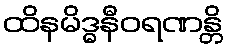
ထိနမိဒ္ဓနီဝရဏန္တိ